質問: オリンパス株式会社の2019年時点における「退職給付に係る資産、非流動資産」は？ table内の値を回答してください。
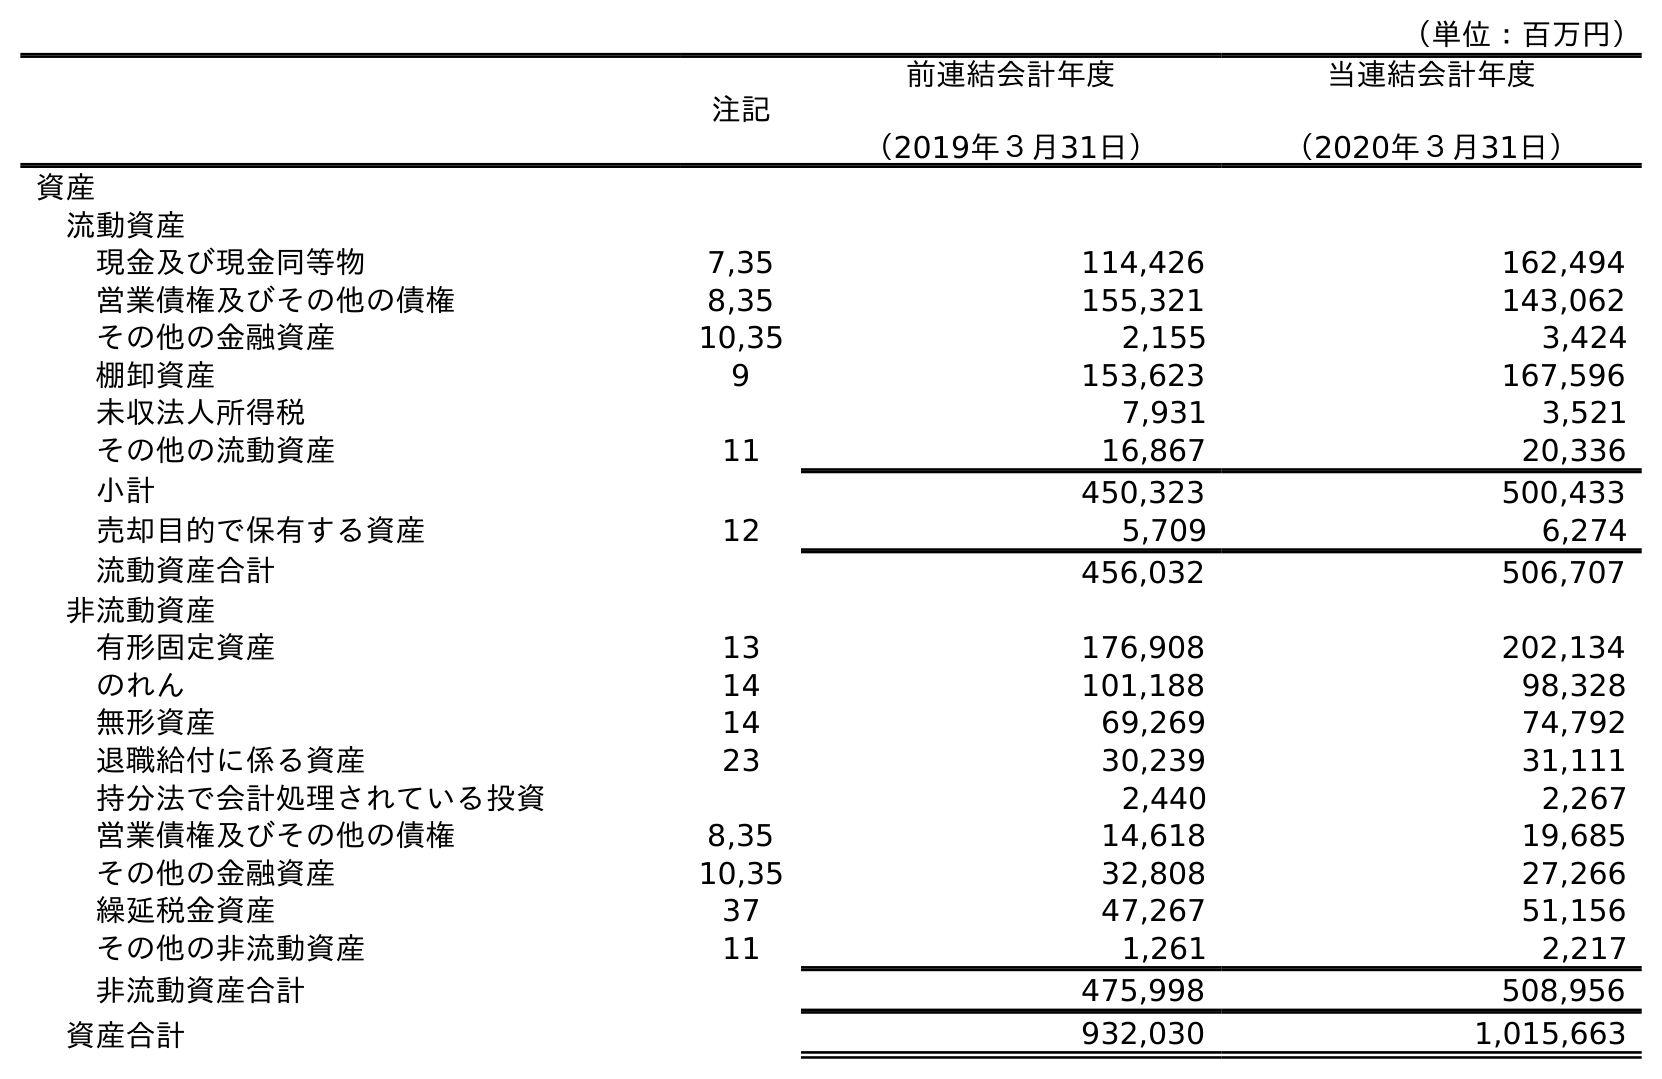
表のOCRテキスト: （単位：百万円） 注記 前連結会計年度 （2019年３月31日） 当連結会計年度 （2020年３月31日） 資産 流動資産 現金及び現金同等物 7,35 114,426 162,494 営業債権及びその他の債権 8,35 155,321 143,062 その他の金融資産 10,35 2,155 3,424 棚卸資産 9 153,623 167,596 未収法人所得税 7,931 3,521 その他の流動資産 11 16,867 20,336 小計 450,323 500,433 売却目的で保有する資産 12 5,709 6,274 流動資産合計 456,032 506,707 非流動資産 有形固定資産 13 176,908 202,134 のれん 14 101,188 98,328 無形資産 14 69,269 74,792 退職給付に係る資産 23 30,239 31,111 持分法で会計処理されている投資 2,440 2,267 営業債権及びその他の債権 8,35 14,618 19,685 その他の金融資産 10,35 32,808 27,266 繰延税金資産 37 47,267 51,156 その他の非流動資産 11 1,261 2,217 非流動資産合計 475,998 508,956 資産合計 932,030 1,015,663
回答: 30,239